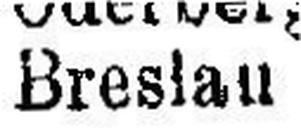
Breslau